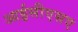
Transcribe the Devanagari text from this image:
आईसीएसए